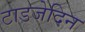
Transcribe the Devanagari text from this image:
टाडजेदिन